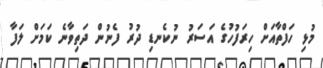
މުޅި ހަފްތާއަށް ހިރަފުހުގެ އަސަރު ނުކެނޑި ދުރު ފެނުން ދަތިވާނެ ކަމަށް ލަފާ